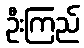
ဦးကြည်